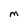
Character: M